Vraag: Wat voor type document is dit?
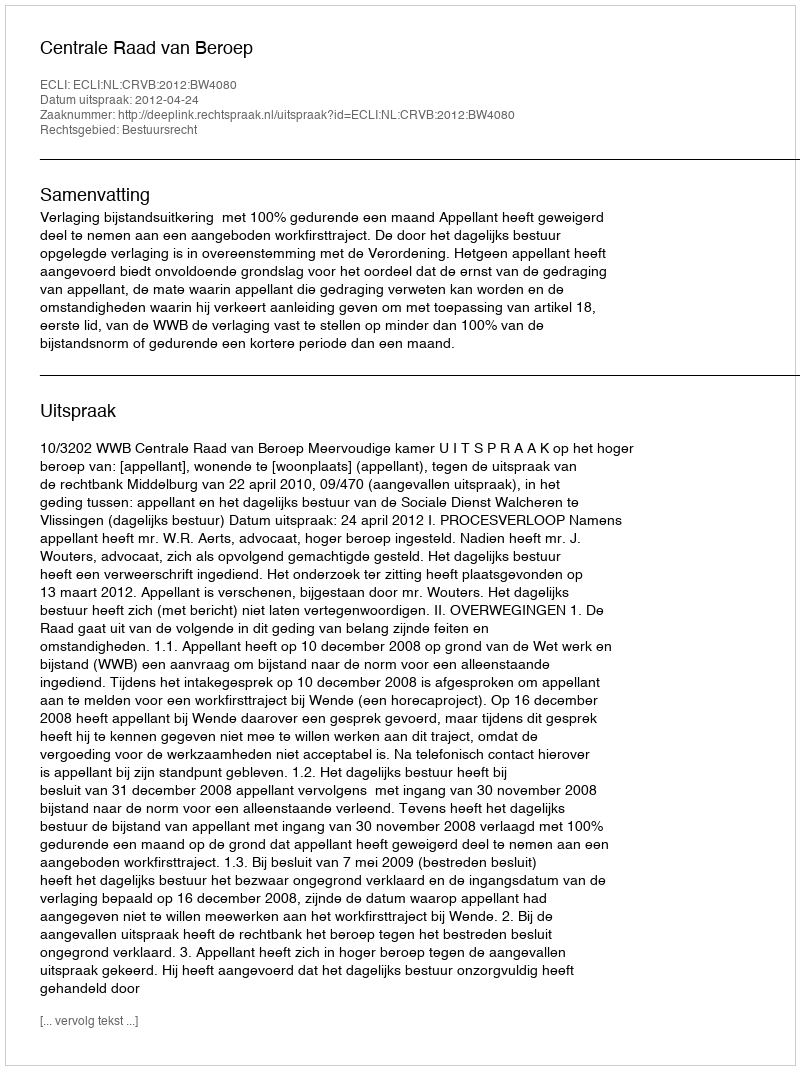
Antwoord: Uitspraak